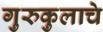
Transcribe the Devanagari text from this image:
गुरुकुलाचे